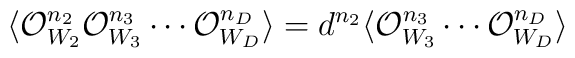
\langle {\cal O}^{n_{2}}_{W_{2}}{\cal O}^{n_{3}}_{W_{3}}\cdots {\cal O}^{n_{D}}_{W_{D}}\rangle =d^{n_{2}}\langle {\cal O}^{n_{3}}_{W_{3}}\cdots {\cal O}^{n_{D}}_{W_{D}}\rangle